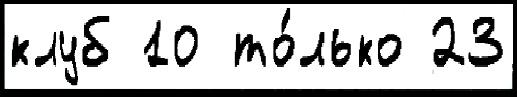
клуб 10 то́лько 23